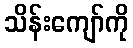
သိန်းကျော်ကို